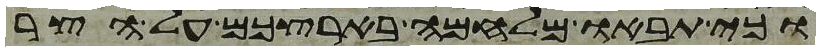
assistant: וכי תבאו מלחמה בארצכם על הצר